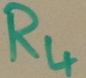
Text: R4